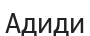
Адиди